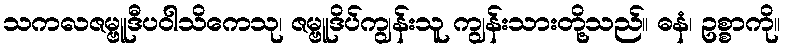
သကလဇမ္ဗူဒီပဝါသိကေသု၊ ဇမ္ဗူဒိပ်ကျွန်းသူ ကျွန်းသားတို့သည်။ ဓနံ၊ ဥစ္စာကို။